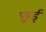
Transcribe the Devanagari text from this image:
छूई